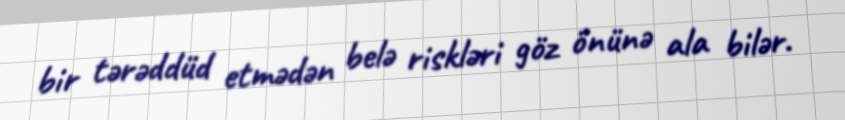
bir tərəddüd etmədən belə riskləri göz önünə ala bilər.